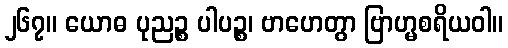
၂၆၇။ ယောဓ ပုညဉ္စ ပါပဉ္စ၊ ဗာဟေတွာ ဗြာဟ္မစရိယဝါ။